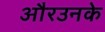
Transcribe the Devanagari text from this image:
औरउनके